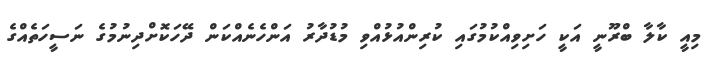
މިއީ ކާލާ ބްރޫނީ އަކީ ހަށިވިއްކުމުގައި ކުރިންއުޅުއްވި މުޑުދާރު އަންހެނެއްކަން ދޭހަކޮށްދިނުމުގެ ނަސީހަތެއްގެ